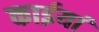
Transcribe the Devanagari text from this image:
काईयां